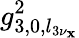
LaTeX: g_{3,0,l_{3\nu_{\mathbf{x}}}}^{2}